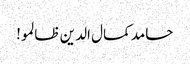
حامد کمال الدین ظالمو!